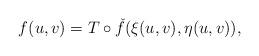
LaTeX: \begin{align*} f(u,v)=T\circ \check f(\xi(u,v),\eta(u,v)), \end{align*}